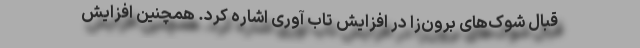
قبال شوک‌های برون‌زا در افزایش تاب آوری اشاره کرد. همچنین افزایش